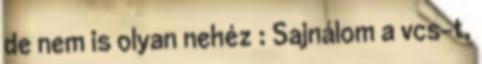
de nem is olyan nehéz : Sajnálom a vcs-t,